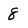
Character: 8